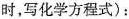
时，写化学方程式)：